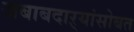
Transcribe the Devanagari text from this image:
जबाबदाऱ्यांसोबत